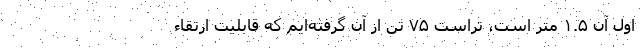
اول آن ۱.۵ متر است،‌ تراست ۷۵ تن از آن گرفته‌ایم که قابلیت ارتقاء